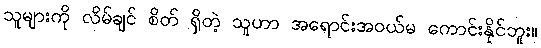
သူများကို လိမ်ချင် စိတ် ရှိတဲ့ သူဟာ အရောင်းအဝယ်မ ကောင်းနိုင်ဘူး။